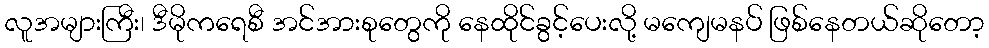
လူအများကြီး၊ ဒီမိုကရေစီ အင်အားစုတွေကို နေထိုင်ခွင့်ပေးလို့ မကျေမနပ် ဖြစ်နေတယ်ဆိုတော့